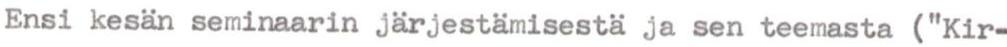
Ensi kesän seminaarin järjestämisestä ja sen teemasta ("Kir-